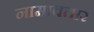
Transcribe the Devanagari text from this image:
नामावतार